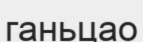
ганьцао